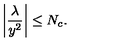
\left| \frac { \lambda } { y ^ { 2 } } \right| \leq N _ { c } .